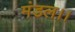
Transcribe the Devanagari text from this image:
मंडल।।